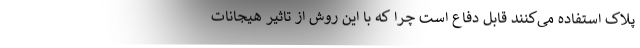
پلاک استفاده می‌کنند قابل دفاع است چرا که با این روش از تاثیر هیجانات